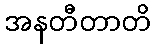
အနတီတာတိ